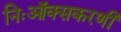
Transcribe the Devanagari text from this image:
निःऑक्सकरणी